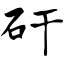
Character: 矸